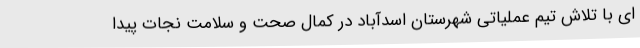
ای با تلاش تیم عملیاتی شهرستان اسدآباد در کمال صحت و سلامت نجات پیدا